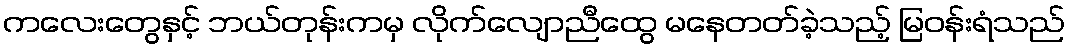
ကလေးတွေနှင့် ဘယ်တုန်းကမှ လိုက်လျောညီထွေ မနေတတ်ခဲ့သည့် မြဝန်းရံသည်